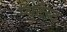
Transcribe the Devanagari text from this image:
म्युटैन्ट